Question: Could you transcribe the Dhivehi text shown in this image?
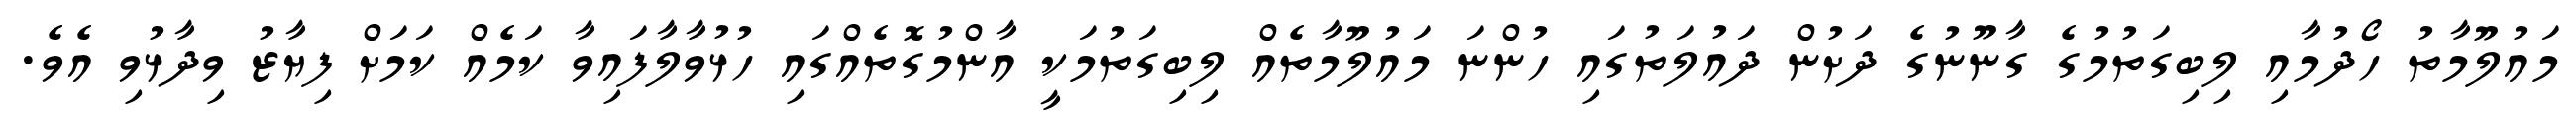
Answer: މައުލޫމާތު ހޯދުމާއި ލިބިގަތުމުގެ ގާނޫނުގެ ދަށުން ދައުލަތުގައި ހުންނަ މައުލޫމާތެއް ލިބިގަތުމަކީ އާންމުގޮތެއްގައި ހުޅުވާލާފައިވާ ކަމެއް ކަމަށް ފިޔާޒު ވިދާޅުވި އެވެ.